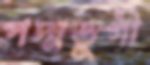
পদ্মডুগী